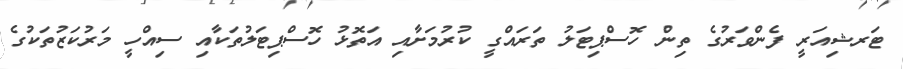
ޓަރޝިއަރީ ފެންވަރުގެ ތިން ހޮސްޕިޓަލު ތަރައްގީ ކުރުމަށާއި އަތޮޅު ހޮސްޕިޓަލުތަކާއި ސިއްހީ މަރުކަޒުތަކުގެ